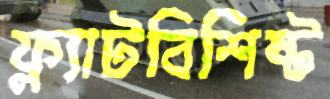
ফ্ল্যাটবিশিষ্ট